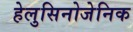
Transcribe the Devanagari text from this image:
हेलुसिनोजेनिक